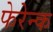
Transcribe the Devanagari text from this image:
फेरेन्क